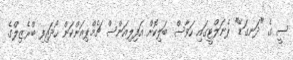
ސީ ގެ "ދަނގަޑޭ" ޕެނަލްޓީގައި ހަވާސް ބަލިކޮށް އަފިލިއަންސް ޗެމްޕިއަންކަން ހޯދައިފި ބްރެޒިލްގެ